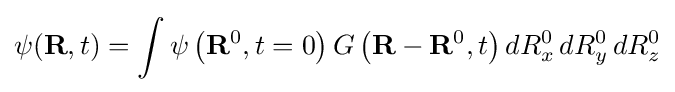
\psi (\mathbf {R} ,t)=\int \psi \left(\mathbf {R} ^{0},t=0\right)G\left(\mathbf {R} -\mathbf {R} ^{0},t\right)dR_{x}^{0}\,dR_{y}^{0}\,dR_{z}^{0}